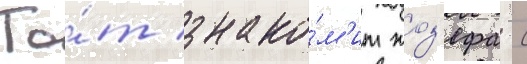
То́т знако́м'ит жоз'ефа с